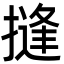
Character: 摓